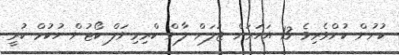
ކުށުން ކުށްވެރިވެ 13 އަހަރަށް ޖަލަށް ލާން ކްރިމިނަލް ކޯޓުން ހުކުމް ކުރީ